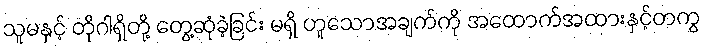
သူမနှင့် တိုဂါရှိတို့ တွေ့ဆုံခဲ့ခြင်း မရှိ ဟူသောအချက်ကို အထောက်အထားနှင့်တကွ